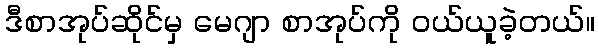
ဒီစာအုပ်ဆိုင်မှ မေဂျာ စာအုပ်ကို ဝယ်ယူခဲ့တယ်။